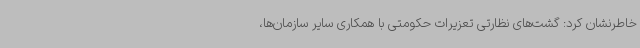
خاطرنشان کرد: گشت‌های نظارتی تعزیرات حکومتی با همکاری سایر سازمان‌ها،